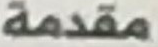
مقدمة